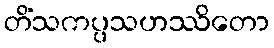
တိံသကပ္ပသဟဿိတော